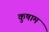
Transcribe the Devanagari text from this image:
कुषाम